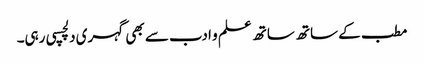
مطب کے ساتھ ساتھ علم و ادب سے بھی گہری دلچسپی رہی۔